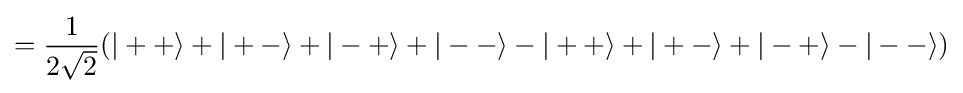
={\frac {1}{2{\sqrt {2}}}}(|++\rangle +|+-\rangle +|-+\rangle +|--\rangle -|++\rangle +|+-\rangle +|-+\rangle -|--\rangle )